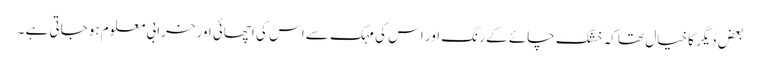
بعض دیگر کاخیال تھا کہ خشک چائے کے رنگ اور اس کی مہک سے اس کی اچھائی اورخرابی معلوم ہوجاتی ہے ۔